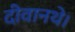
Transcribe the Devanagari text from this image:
दीवानथे।